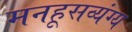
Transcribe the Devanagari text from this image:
मनहूसव्यंग्य